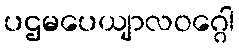
ပဌမပေယျာလဝဂ္ဂေါ